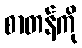
စာတန်ကို